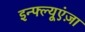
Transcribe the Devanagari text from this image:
इन्फ्ल्यूएंज़ा